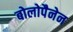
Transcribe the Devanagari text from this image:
बोलोपैनेन